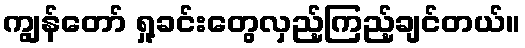
ကျွန်တော် ရှု့ခင်းတွေလှည့်ကြည့်ချင်တယ်။